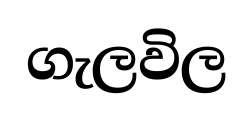
ගැලවිල